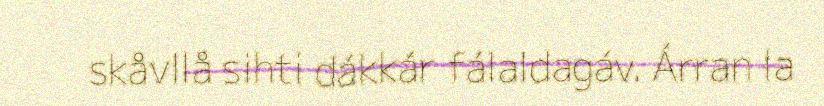
skåvllå sihti dákkár fálaldagáv. Árran la